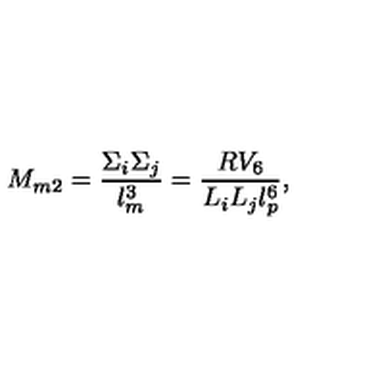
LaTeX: M _ { m 2 } = { \frac { \Sigma _ { i } \Sigma _ { j } } { l _ { m } ^ { 3 } } } = { \frac { R V _ { 6 } } { L _ { i } L _ { j } l _ { p } ^ { 6 } } } ,